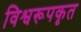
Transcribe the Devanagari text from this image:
विश्वरूपकृत